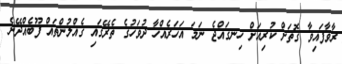
ރާވާފައިވާ ގޮތަށް ކުރިއަށް ހިނގައްޖެ ނަމަ އަހަރެއްހާ ދުވަހުގެ ތެރޭގައި ގެއްލުންތައް ފޫބެއްދޭނެ